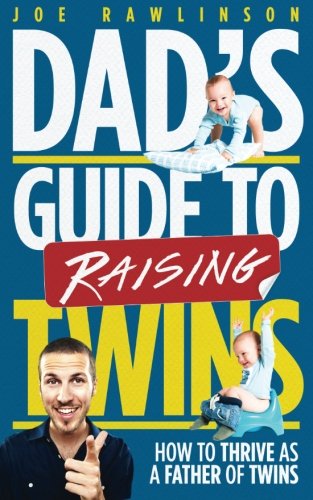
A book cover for Dad's Guide to Raising Twins: How to Thrive as a Father of Twins; Joe Rawlinson; Parenting & Relationships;